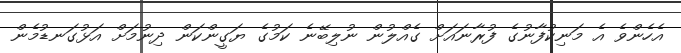
އެހެންވެ އެ މަނިކުފާނުގެ ފުރާނައަށް ގެއްލުން ނުލިބޭނެ ކަމުގެ ޔަގީންކަން ދިނުމަށް އަޅުގަނޑުމެން